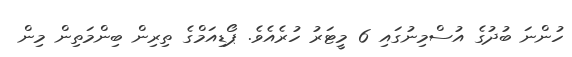
ހުންނަ ބުދުގެ އުސްމިނުގައި 6 މީޓަރު ހުރެއެވެ. ޕޯޑިއަމްގެ ތިރިން ބިންމަތިން މިން